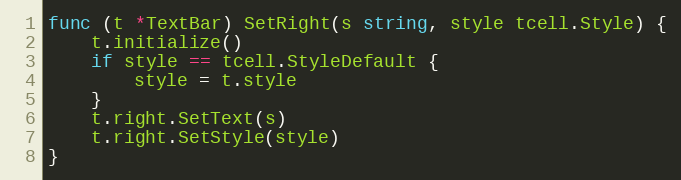
Language: Go
func (t *TextBar) SetRight(s string, style tcell.Style) {
	t.initialize()
	if style == tcell.StyleDefault {
		style = t.style
	}
	t.right.SetText(s)
	t.right.SetStyle(style)
}